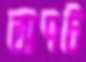
অণট